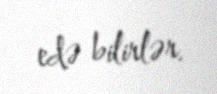
edə bilirlər.